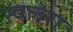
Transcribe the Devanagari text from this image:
स्वलेरा